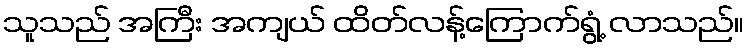
သူသည် အကြီး အကျယ် ထိတ်လန့်ကြောက်ရွံ့ လာသည်။